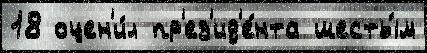
18 оцен'и́л пр'ез'ид'е́нта шесты́м